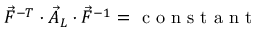
\vec { F } ^ { - T } \cdot \vec { A } _ { L } \cdot \vec { F } ^ { - 1 } = \mathrm { ~ c ~ o ~ n ~ s ~ t ~ a ~ n ~ t ~ }